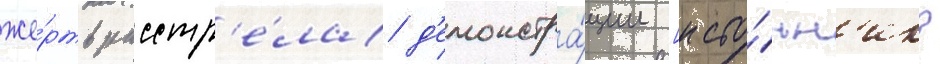
же́ртв расстр'е́ла д'емонстра́ции [исто́чн'ик?